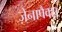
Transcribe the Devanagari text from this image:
ज़ेनापैक्स